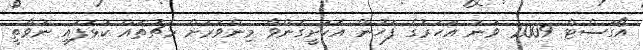
އޯގަސްޓް 2009 ވަނަ އަހަރުގެ ފަހުން އެކަށީގެންވާ މިންވަރަށް މެޗުތައް ކުޅެފައި ނުވާތީ